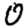
Digit: 0